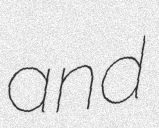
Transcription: and